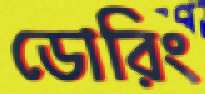
ডোরিং